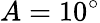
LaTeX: A=10^{\circ}